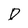
Character: D